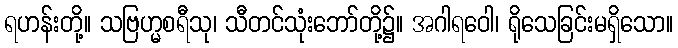
ရဟန်းတို့။ သဗြဟ္မစရီသု၊ သီတင်သုံးဘော်တို့၌။ အဂါရဝေါ၊ ရိုသေခြင်းမရှိသော။